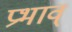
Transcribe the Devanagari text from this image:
प्रभाव्